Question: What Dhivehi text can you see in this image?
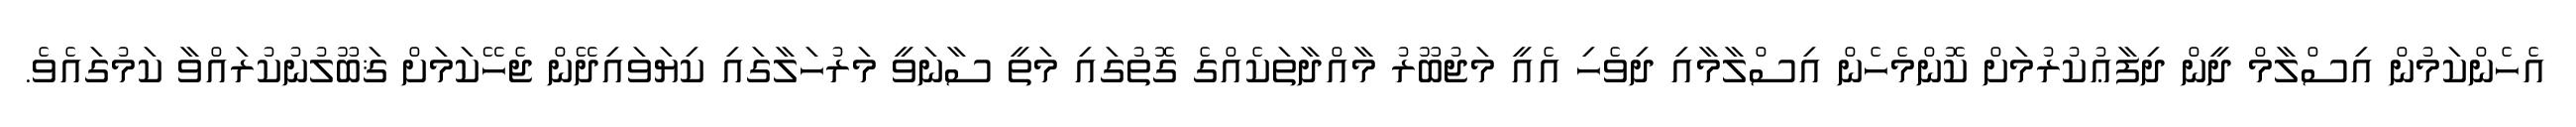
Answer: އެހެންކަމުން އިސްލާމް ދީން ދިފާޢުކުރުމަށް ކޮންމެހެން އިސްލާމާއި ދިވެހި އެއީ މަޖުބޫރު މާއްދާތަކެއްގެ ގޮތުގައި މަތީ ސާނަވީ މަރުހަލާގައި ކިޔަވައިދޭން ޖެހޭކަމަށް ޤަބޫލުނުކުރައްވާ ކަމުގައެވެ.